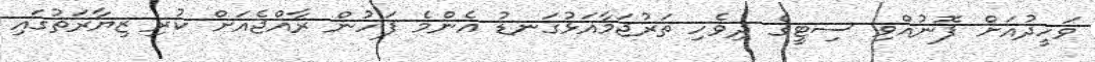
ވަހީދުއަށް ފޮނުއްވި ސިޓީގެ ދިވެހި ތަރުޖަމާއަޅުގަނޑު އެންމެ ފަހުން ރާއްޖެއަށް ކުރި ޒިޔާރަތުގައި